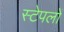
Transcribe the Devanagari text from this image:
स्टेपलों